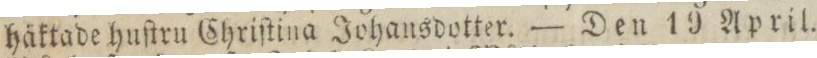
håktade huſtru Chriſtina Johansdotter. — Den 19 April.